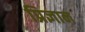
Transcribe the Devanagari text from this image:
प्रिज्ञान